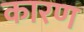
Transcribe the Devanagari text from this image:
कारण